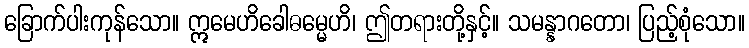
ခြောက်ပါးကုန်သော။ ဣမေဟိခေါဓမ္မေဟိ၊ ဤတရားတို့နှင့်။ သမန္နာဂတော၊ ပြည့်စုံသော။